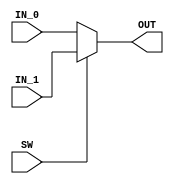
//////////////////////////////////////////////////////////////////////
////                                                              ////
////  CLK_SWITCH.v                                                  ////
////                                                              ////
////  This file is part of the Ethernet IP core project           ////
////  http://www.opencores.org/projects.cgi/web/ethernet_tri_mode/////
////                                                              ////
////  Author(s):                                                  ////
////      - Jon Gao (gaojon@yahoo.com)                            ////
////                                                              ////
////                                                              ////
//////////////////////////////////////////////////////////////////////
////                                                              ////
//// Copyright (C) 2001 Authors                                   ////
////                                                              ////
//// This source file may be used and distributed without         ////
//// restriction provided that this copyright statement is not    ////
//// removed from the file and that any derivative work contains  ////
//// the original copyright notice and the associated disclaimer. ////
////                                                              ////
//// This source file is free software; you can redistribute it   ////
//// and/or modify it under the terms of the GNU Lesser General   ////
//// Public License as published by the Free Software Foundation; ////
//// either version 2.1 of the License, or (at your option) any   ////
//// later version.                                               ////
////                                                              ////
//// This source is distributed in the hope that it will be       ////
//// useful, but WITHOUT ANY WARRANTY; without even the implied   ////
//// warranty of MERCHANTABILITY or FITNESS FOR A PARTICULAR      ////
//// PURPOSE.  See the GNU Lesser General Public License for more ////
//// details.                                                     ////
////                                                              ////
//// You should have received a copy of the GNU Lesser General    ////
//// Public License along with this source; if not, download it   ////
//// from http://www.opencores.org/lgpl.shtml                     ////
////                                                              ////
//////////////////////////////////////////////////////////////////////
//                                                                    
// CVS Revision History                                               
//                                                                    
// $Log: not supported by cvs2svn $
// Revision 1.2  2005/12/16 06:44:20  Administrator
// replaced tab with space.
// passed 9.6k length frame test.
//
// Revision 1.1.1.1  2005/12/13 01:51:44  Administrator
// no message
// 


//////////////////////////////////////////////////////////////////////
// This file can only used for simulation .
// You need to replace it with your own element according to technology
//////////////////////////////////////////////////////////////////////
module CLK_SWITCH (   
input       IN_0,
input       IN_1,
input       SW  ,
output      OUT 

);

assign OUT=SW?IN_1:IN_0;

endmodule